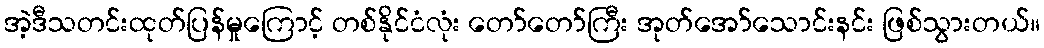
အဲ့ဒီသတင်းထုတ်ပြန်မှုကြောင့် တစ်နိုင်ငံလုံး တော်တော်ကြီး အုတ်အော်သောင်းနင်း ဖြစ်သွားတယ်။